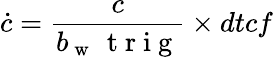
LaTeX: \dot{c}=\frac{c}{b_{\mathrm{~w~}}\, \mathrm{~t~r~i~g~}}\times dtcf